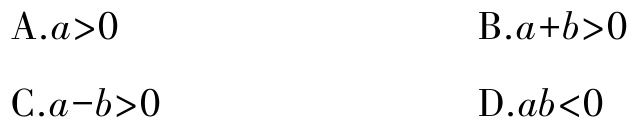
A.$a>0$

B.$a + b>0$

C.$a - b>0$

D.$ab<0$